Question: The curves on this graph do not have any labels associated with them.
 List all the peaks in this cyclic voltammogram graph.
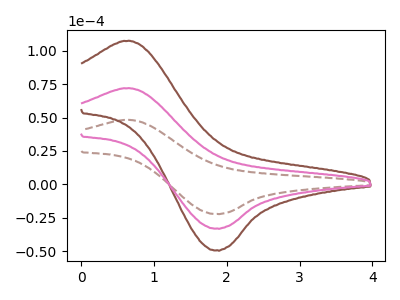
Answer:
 <answer>The brown dashed curve "brown dashed" has an anodic peak at (0.65V, 48.25uA) and a cathodic peak at (1.85V, -22.15uA). The brown curve "brown" has an anodic peak at (0.65V, 144.00uA) and a cathodic peak at (1.85V, -66.15uA). The pink curve "pink" has an anodic peak at (0.65V, 72.00uA) and a cathodic peak at (1.85V, -33.10uA).</answer>
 <eval></eval>